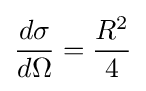
{\frac {d\sigma }{d\Omega }}={\frac {R^{2}}{4}}